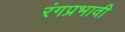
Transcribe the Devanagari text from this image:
रंगप्रभावी